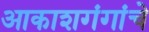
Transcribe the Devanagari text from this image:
आकाशगंगांचे